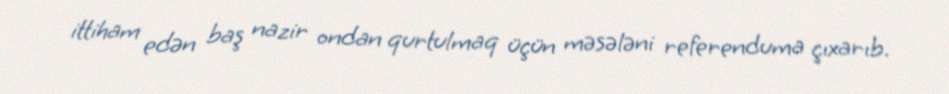
ittiham edən baş nazir ondan qurtulmaq üçün məsələni referenduma çıxarıb.